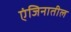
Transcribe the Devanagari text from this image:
एंजिनातील